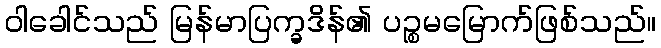
ဝါခေါင်သည် မြန်မာပြက္ခဒိန်၏ ပဉ္စမမြောက်ဖြစ်သည်။